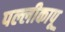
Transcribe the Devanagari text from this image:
पल्लीकापू